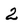
Character: 2